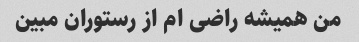
من همیشه راضی ام از رستوران مبین